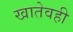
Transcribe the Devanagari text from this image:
खातेवही